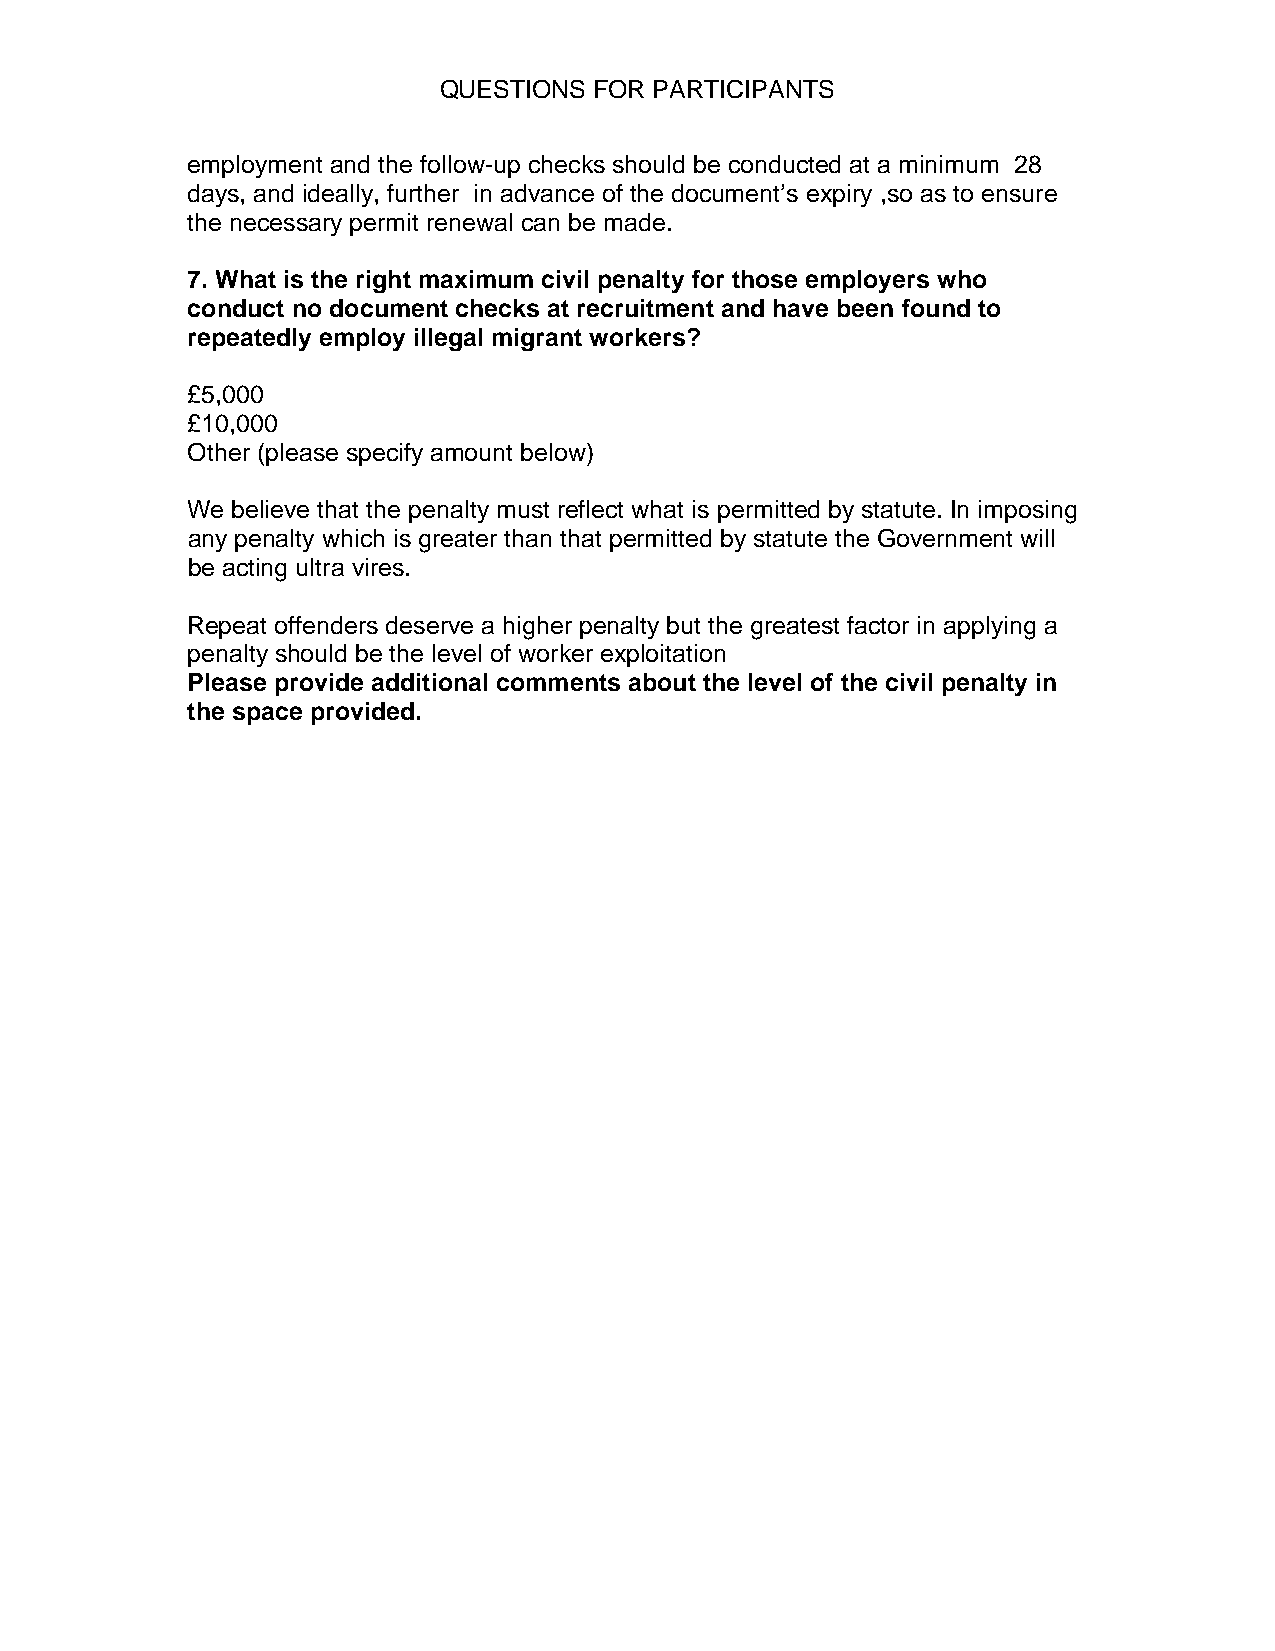
QUESTIONS FOR PARTICIPANTS
 employment and the follow-up checks should be conducted at a minimum 28
 days, and ideally, further in advance of the document’s expiry ,so as to ensure
 the necessary permit renewal can be made.
 7. What is the right maximum civil penalty for those employers who
 conduct no document checks at recruitment and have been found to
 repeatedly employ illegal migrant workers?
 £5,000
 £10,000
 Other (please specify amount below)
 We believe that the penalty must reflect what is permitted by statute. In imposing
 any penalty which is greater than that permitted by statute the Government will
 be acting ultra vires.
 Repeat offenders deserve a higher penalty but the greatest factor in applying a
 penalty should be the level of worker exploitation
 Please provide additional comments about the level of the civil penalty in
 the space provided.